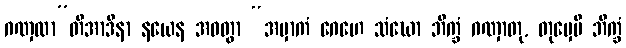
ဂဏှထာ”တိအာဒိနာ နယေန အဝတွာ “အမှာကံ ဂေဟေ သံဃော ဘိက္ခံ ဂဏှာတု, တုမှေပိ ဘိက္ခံ